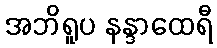
အဘိရူပ နန္ဒာထေရီ